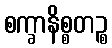
စက္ခာနိစ္စတဉ္စ